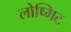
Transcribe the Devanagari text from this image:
लोष्मिट